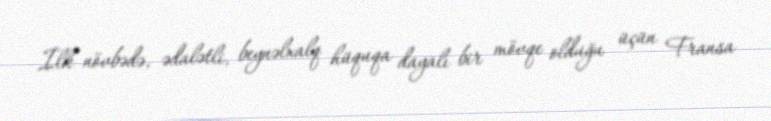
İlk növbədə, ədalətli, beynəlxalq hüquqa dayalı bir mövqe olduğu üçün Fransa